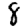
Digit: 8